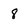
Character: 8